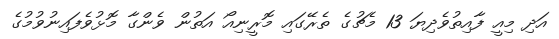
އަދި މިއީ ފާއިތުވެދިޔަ 13 މެޗުގެ ތެރޭގައި މޮރީނިއޯ އަތުން ވެންގާ މޮޅުވެފައިނުވުމުގެ